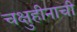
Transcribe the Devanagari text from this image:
चक्षुहीनाची